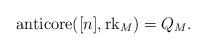
LaTeX: \begin{align*}\operatorname{anticore} ([n], \operatorname{rk}_{M}) = Q_{M}.\end{align*}